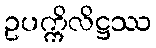
ဥပက္ကိလိဋ္ဌဿ